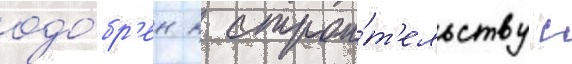
одо́бр'ен к строи́т'ельству с